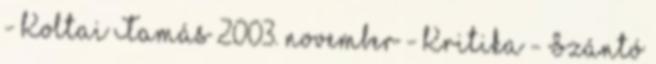
- Koltai Tamás 2003. november - Kritika - Szántó